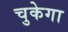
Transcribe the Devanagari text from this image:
चुकेगा